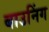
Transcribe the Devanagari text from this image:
बाउनिंग